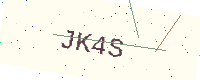
Text: JK4S